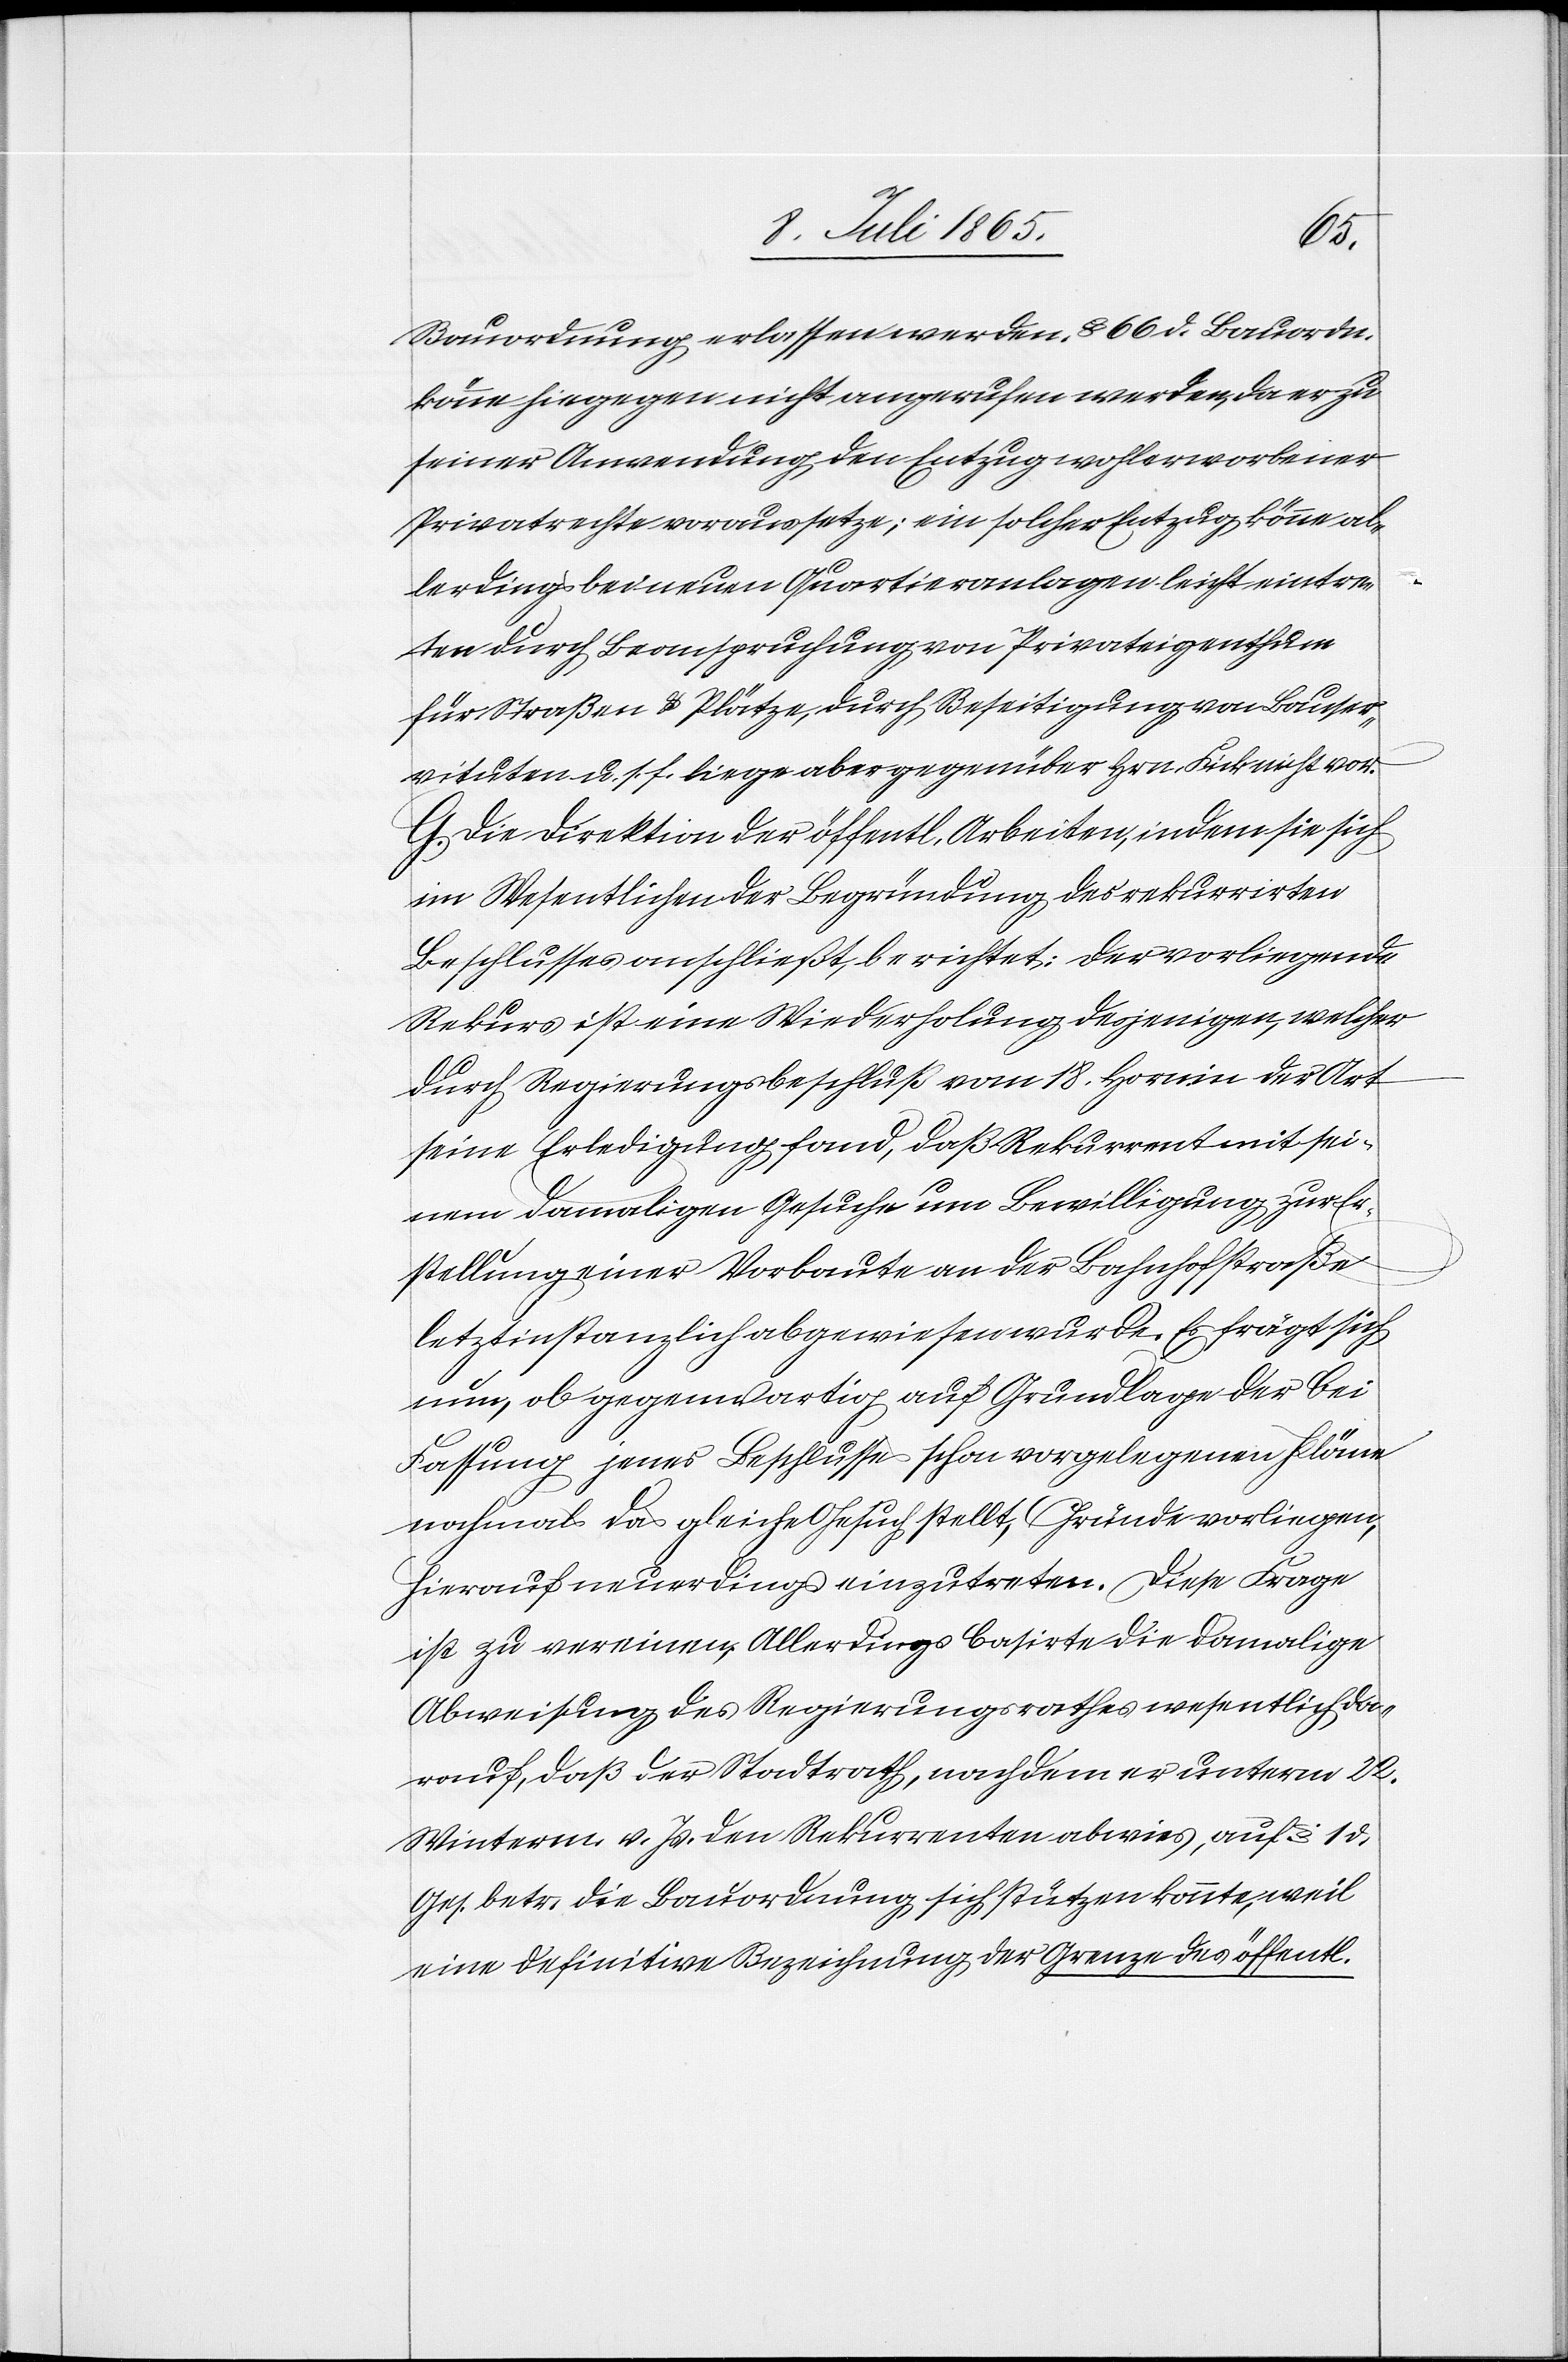
Bauordnung erlassen werden. § 66 d. Bauordn.
könne hiegegen nicht angerufen werden, da er zu
seiner Anwendung den Entzug wohlerworbener
Privatrechte voraussetze; ein solcher Entzug könne al¬
lerdings bei neuen Quartieranlagen leicht eintre¬
ten durch Beanspruchung von Privateigenthum
für Straßen u. Plätze, durch Beseitigung von Bauser¬
vituten u. s. f. liege aber gegenüber Hrn. Fick nicht vor.
G. Die Direktion der öffentl. Arbeiten, indem sie sich
im Wesentlichen der Begründung des rekurrirten
Beschlusses anschließt, berichtet: Der vorliegende
Rekurs ist eine Wiederholung desjenigen, welcher
durch Regierungsbeschluß vom 18. Horn. in der Art
seine Erledigung fand, daß Rekurrent mit sei¬
nem damaligen Gesuche um Bewilligung zur Er¬
stellung einer Vorbaute an der Bahnhofstraße
letztinstanzlich abgewiesen wurde. Es frägt sich
nun, ob gegenwartig auf Grundlage der bei
Fassung jenes Beschlusses schon vorgelegenen Pläne
nochmals das gleiche Gesuch stellt, Gründe vorliegen,
hierauf neuerdings einzutreten. Diese Frage
ist zu verneinen. Allerdings basirte die damalige
Abweisung des Regierungsrathes wesentlich da¬
rauf, daß der Stadtrath, nachdem er unterm 22.
Winterm. v. Js. den Rekurrenten abwies, auf § 1 d.
Ges. betr. die Bauordnung sich stützen konnte, weil
eine definitive Bezeichnung der Grenze des öffentl.